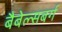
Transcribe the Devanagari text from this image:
बैबेल्सबर्ग